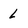
Character: L